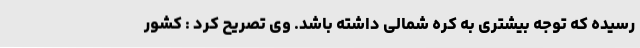
رسیده که توجه بیشتری به کره شمالی داشته باشد. وی تصریح کرد : کشور